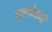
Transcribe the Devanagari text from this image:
यासभेसाठी